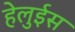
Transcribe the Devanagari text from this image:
हेलुईस